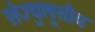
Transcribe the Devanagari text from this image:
सेज्युलूसीय